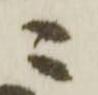
ニ